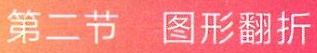
第二节 图形翻折